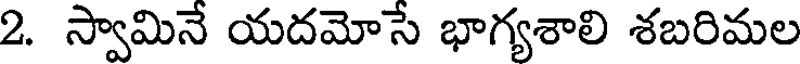
2. స్వామినే యదమోసే భాగ్యశాలి శబరిమల